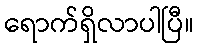
ရောက်ရှိလာပါပြီ။